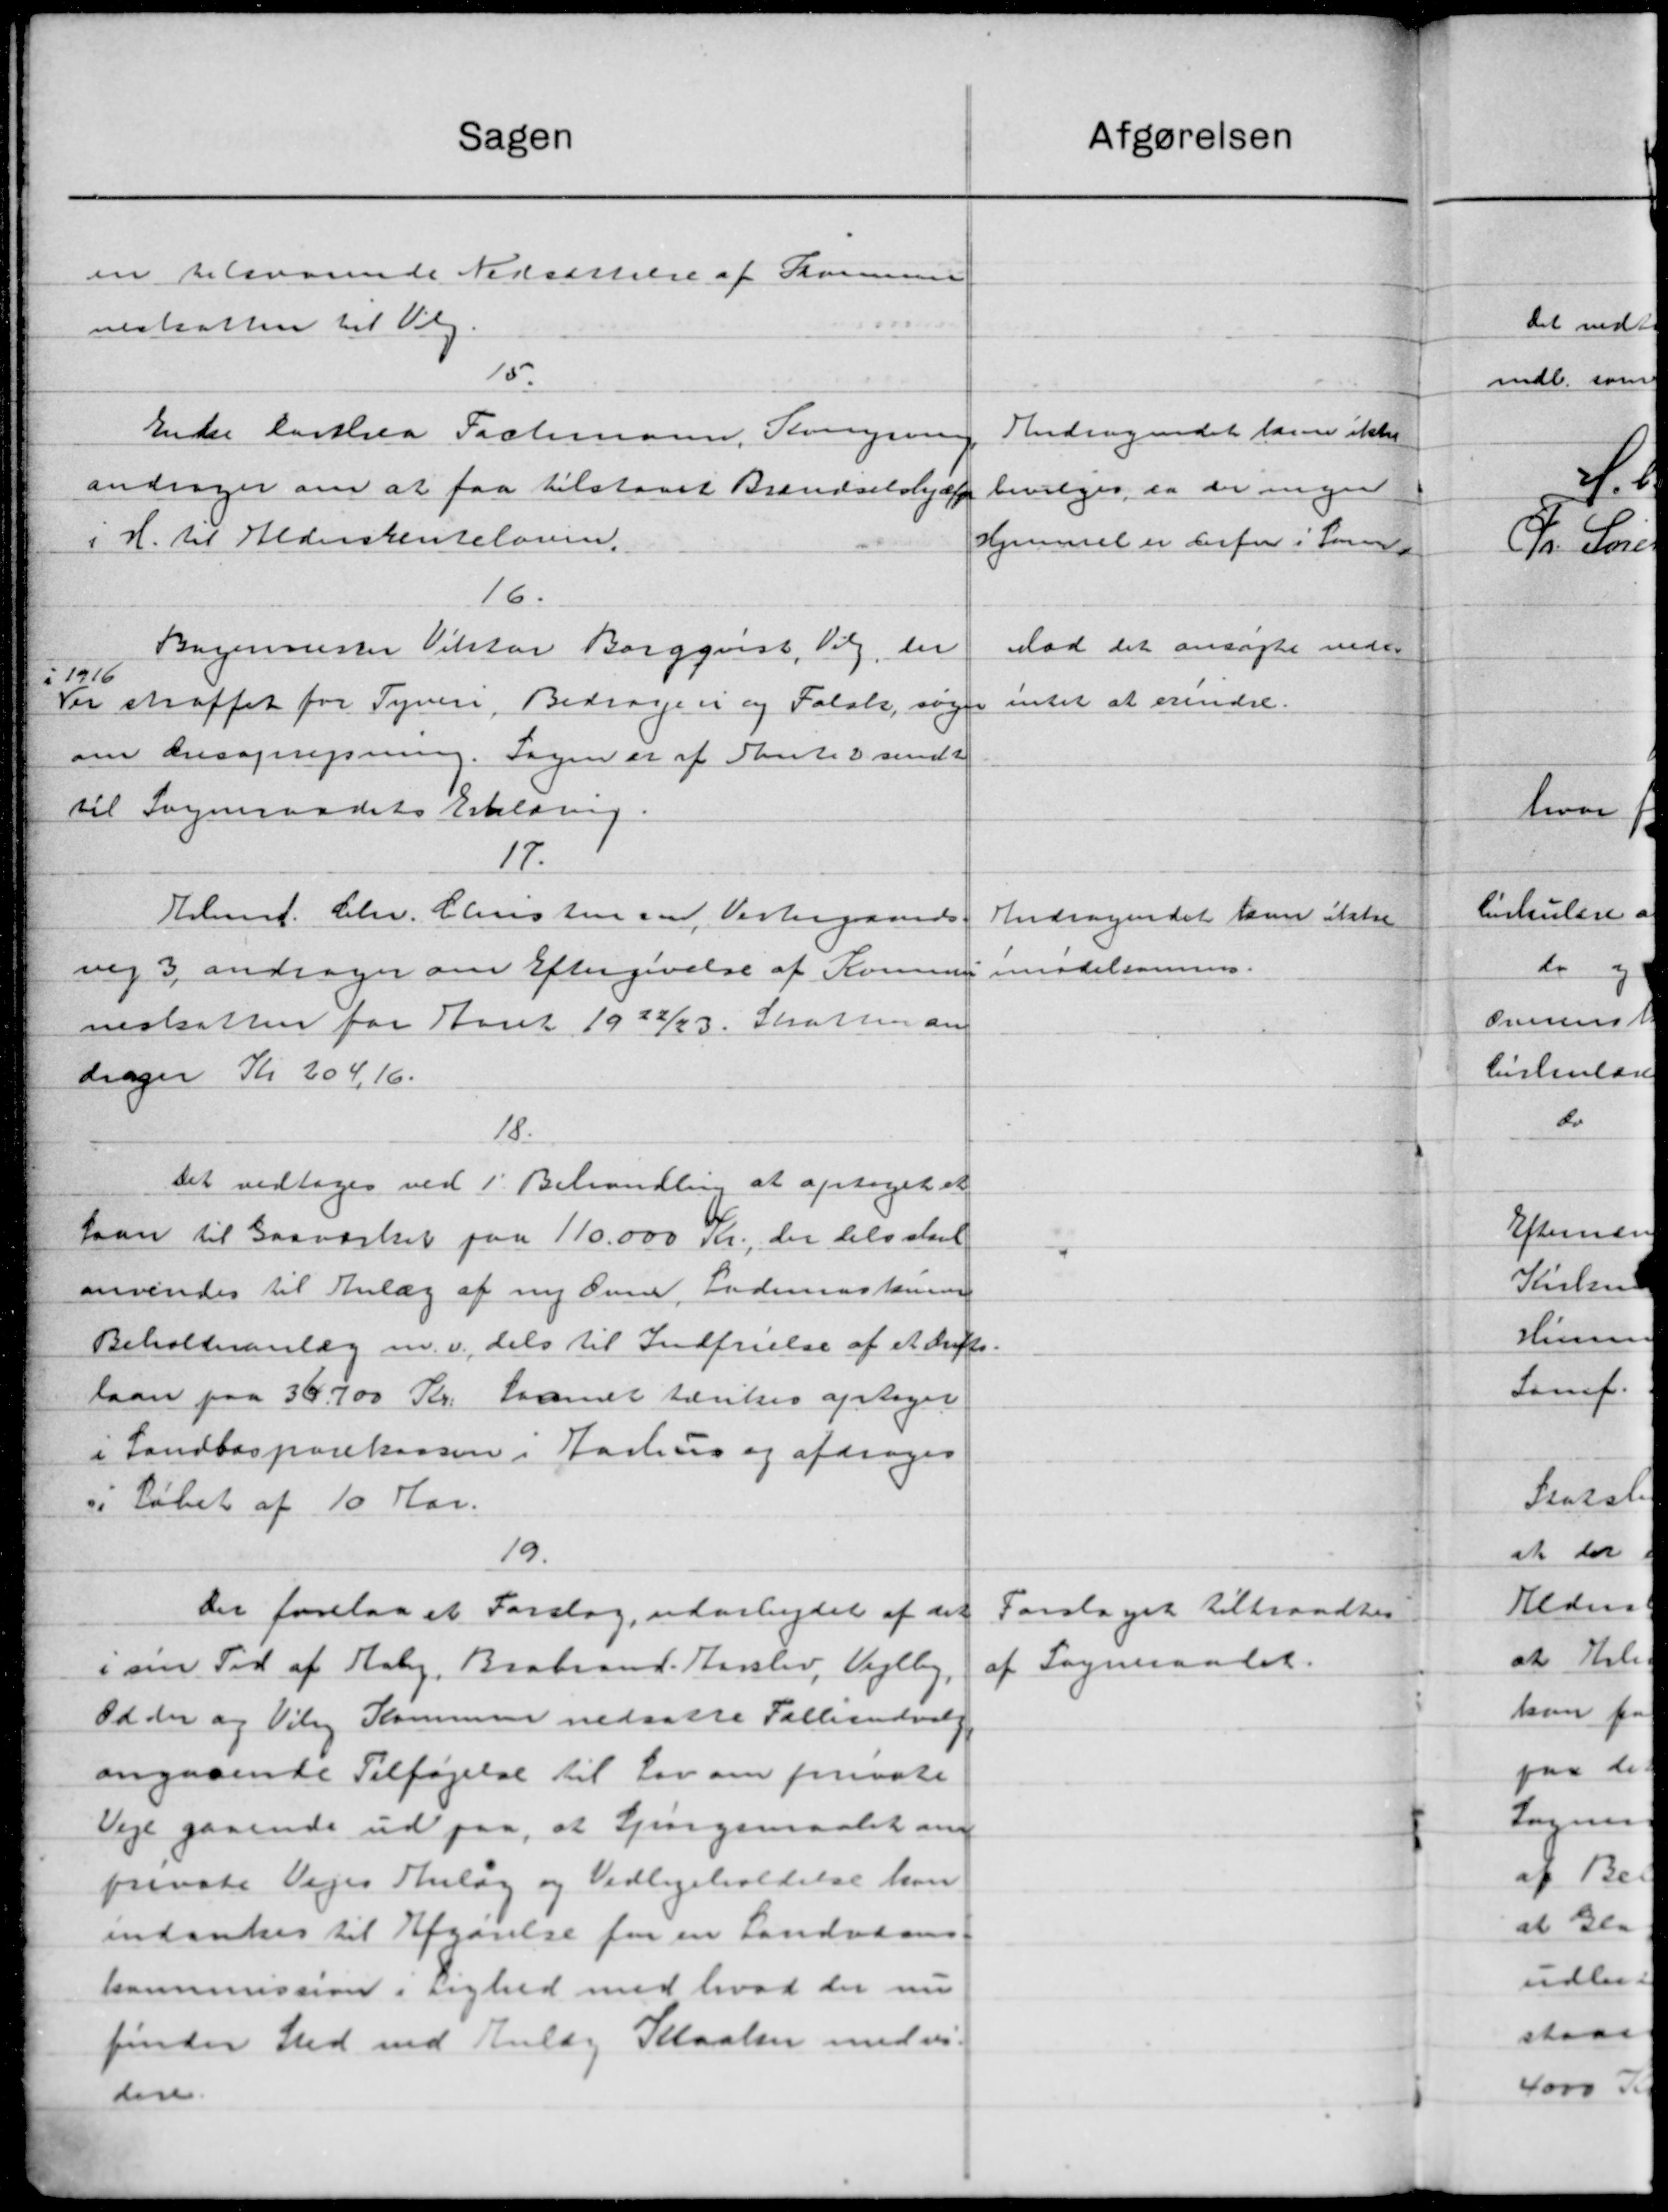
Transskription:
Sagen
en tilsvarende Nedsættelse af Kommune
neskatten til Valg.
15.
Enke Carthea Fachmann, Kongsen
andrager om at faa tilstaaet Brændselshjælp
i H. til Aldersrenteloven.
16.
Bagermester Vilstaa Borgquist, Valg, der
i 1916
Ver straffet for Tyveri, Bidragen og Folk, søger
om Ansøgnejsning. Sagen er af Pantes sendt
til Sogneraadets Erklæring.
17.
Eelsmd. Chr. Christensen, Vestergaards
vig 3 andrager om Eftergivelse af Kommune
nestsatten for Aaret 1922/23. Skatten an
drager Kr 204,16.
18.
Det vedtoges ved 1' Behandling at optaget et
laan til Gasværket paa 110.000 Kr., der selv staaet
anvendes til Anlæg af ny Ove Lademaskine
Beholdnanlæg m. v. dels til Indfrielse af et drifts-
laan paa 36.700 Kr. Laanet tænkes optager
i Landbosparekassen i Aarhus og afdrages
 Løbet af 10 Aar.
19.
Der forelaa et Forslag, udarbejdet af det
 om Tid af Hab, Brabrand. Haslev, Vejlby
Odder og Vils Kommunen nedsatte Fællesudvalg
angaaende Tilføjelse til Lov om private
Veje gaaende ud paa, at Lingsmaalet om
private Vejes Anlæg og Vedligeholdelse kan
indankes til Afgørelse for en Landvæs
kommission i Lighed med hvad der nu
finder Sted med Anlæg Kloaken medvi-
dere.